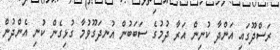
ރަސްދޫގައި އަންދާ ކުނިން އަރާ ދުމުގެ ސަބަބުން އުނދަގޫވުމާ ގުޅިގެން ކުނި އެންދުން